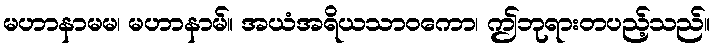
မဟာနာမမ၊ မဟာနာမ်။ အယံအရိယသာဝကော၊ ဤဘုရားတပည့်သည်။